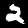
Digit: 2